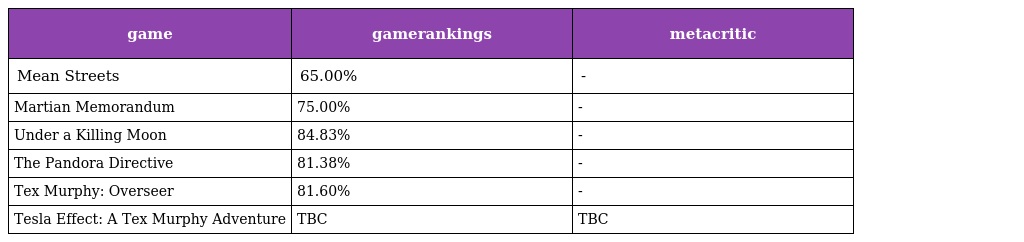
| game | gamerankings | metacritic |
 | --- | --- | --- |
 | Mean Streets | 65.00% | - |
 | Martian Memorandum | 75.00% | - |
 | Under a Killing Moon | 84.83% | - |
 | The Pandora Directive | 81.38% | - |
 | Tex Murphy: Overseer | 81.60% | - |
 | Tesla Effect: A Tex Murphy Adventure | TBC | TBC |